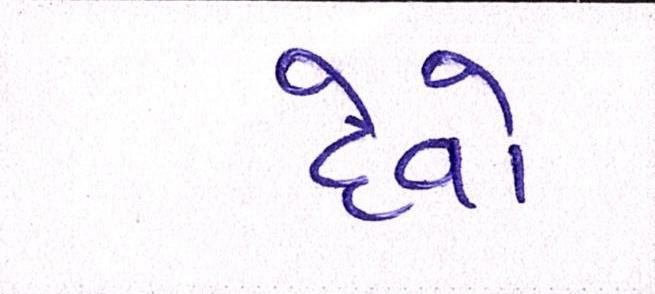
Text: દેવો